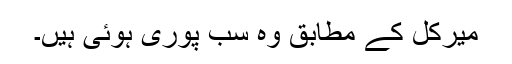
میرکل کے مطابق وہ سب پوری ہوئی ہیں۔